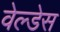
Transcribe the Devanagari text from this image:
वेल्‍डेस